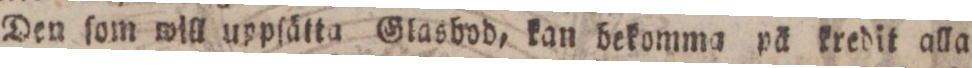
Den ſom will uppſätta Glasbvd, kan bekomma på kredit alla